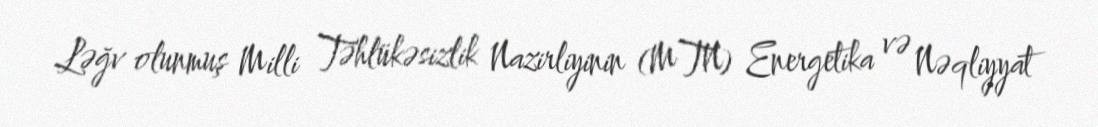
Ləğv olunmuş Milli Təhlükəsizlik Nazirliyinin (MTN) Energetika və Nəqliyyat